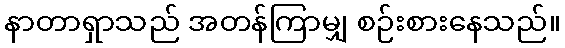
နာတာရှာသည် အတန်ကြာမျှ စဉ်းစားနေသည်။